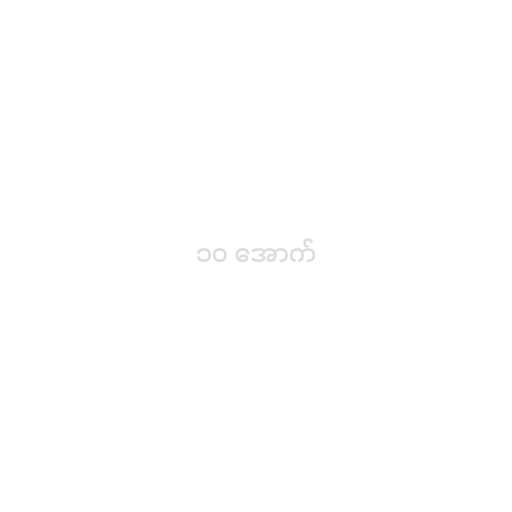
၁၀ အောက်